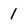
Character: 1